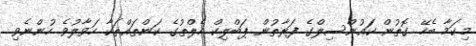
މިކަމާ ބެހޭ ގޮތުން ކައުންސިލްގެ ފަރާތުން ޕަބްލިކް ހެލްތުގެ ކަންތައްތަކާ ހަވާލުވެ ހުންނެވި